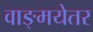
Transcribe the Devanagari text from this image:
वाङ्मयेतर